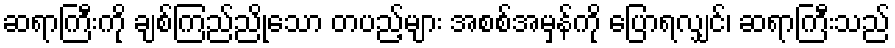
ဆရာကြီးကို ချစ်ကြည်ညိုသော တပည့်များ အစစ်အမှန်ကို ပြောရလျှင်၊ ဆရာကြီးသည်